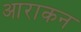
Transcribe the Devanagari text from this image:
आराकन